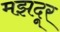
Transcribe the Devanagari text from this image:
मझदूर